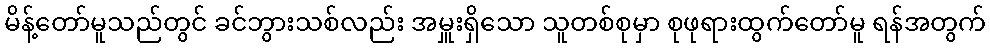
မိန့်တော်မူသည်တွင် ခင်ဘွားသစ်လည်း အမှူးရှိသော သူတစ်စုမှာ စုဖုရားထွက်တော်မူ ရန်အတွက်